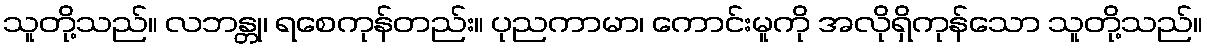
သူတို့သည်။ လဘန္တု၊ ရစေကုန်တည်း။ ပုညကာမာ၊ ကောင်းမူကို အလိုရှိကုန်သော သူတို့သည်။